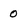
Character: 0